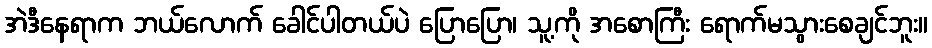
အဲဒီနေရာက ဘယ်လောက် ခေါင်ပါတယ်ပဲ ပြောပြော၊ သူ့ကို အစောကြီး ရောက်မသွားစေချင်ဘူး။